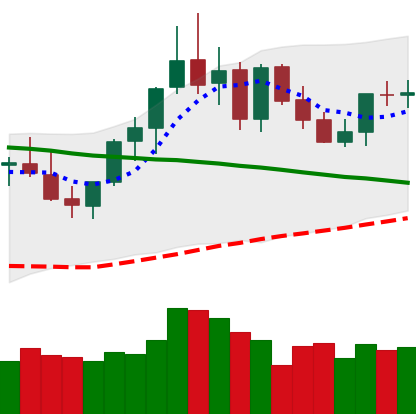
Ticker: XMR-USD
Chart end date: 2021-09-03
Forward return: -15.484%
Label: down_7plus